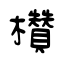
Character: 欑